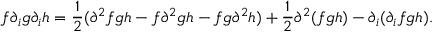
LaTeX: f \partial _ { i } g \partial _ { i } h = \frac { 1 } { 2 } ( \partial ^ { 2 } f g h - f \partial ^ { 2 } g h - f g \partial ^ { 2 } h ) + \frac { 1 } { 2 } \partial ^ { 2 } ( f g h ) - \partial _ { i } ( \partial _ { i } f g h ) .